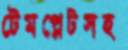
টেমপ্লেটসহ